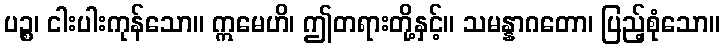
ပဉ္စ၊ ငါးပါးကုန်သော။ ဣမေဟိ၊ ဤတရားတို့နှင့်။ သမန္နာဂတော၊ ပြည့်စုံသော။